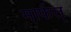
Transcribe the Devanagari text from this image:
मार्फत्‌